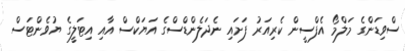
ސްވިޑަންގެ މަލްމޯ އެފްސީން ކެރިއަރު ފަށައި ނެދަލެންޑްސްގެ އަޔަކްސް އާއި އިޓަލީގެ ޔުވެންޓަސް